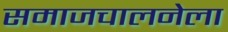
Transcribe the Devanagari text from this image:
समाजचालनेला